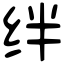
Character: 绊